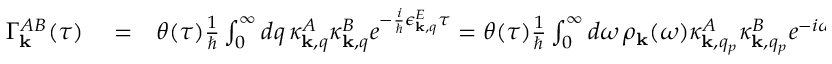
\begin{array} { r l r } { \Gamma _ { \bf k } ^ { A B } ( \tau ) } & { { } = } & { \theta ( \tau ) \frac { 1 } { \hbar } \int _ { 0 } ^ { \infty } d q \, \kappa _ { { \bf k } , q } ^ { A } \kappa _ { { \bf k } , q } ^ { B } e ^ { - \frac { i } { \hbar } \epsilon _ { { \bf k } , q } ^ { E } \tau } = \theta ( \tau ) \frac { 1 } { \hbar } \int _ { 0 } ^ { \infty } d \omega \, \rho _ { { \bf k } } ( \omega ) \kappa _ { { \bf k } , q _ { p } } ^ { A } \kappa _ { { \bf k } , q _ { p } } ^ { B } e ^ { - i \omega \tau } . } \end{array}